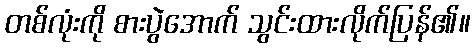
တစ်လုံးကို စားပွဲအောက် သွင်းထားလိုက်ပြန်၏။